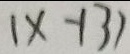
( x - 1 3 )